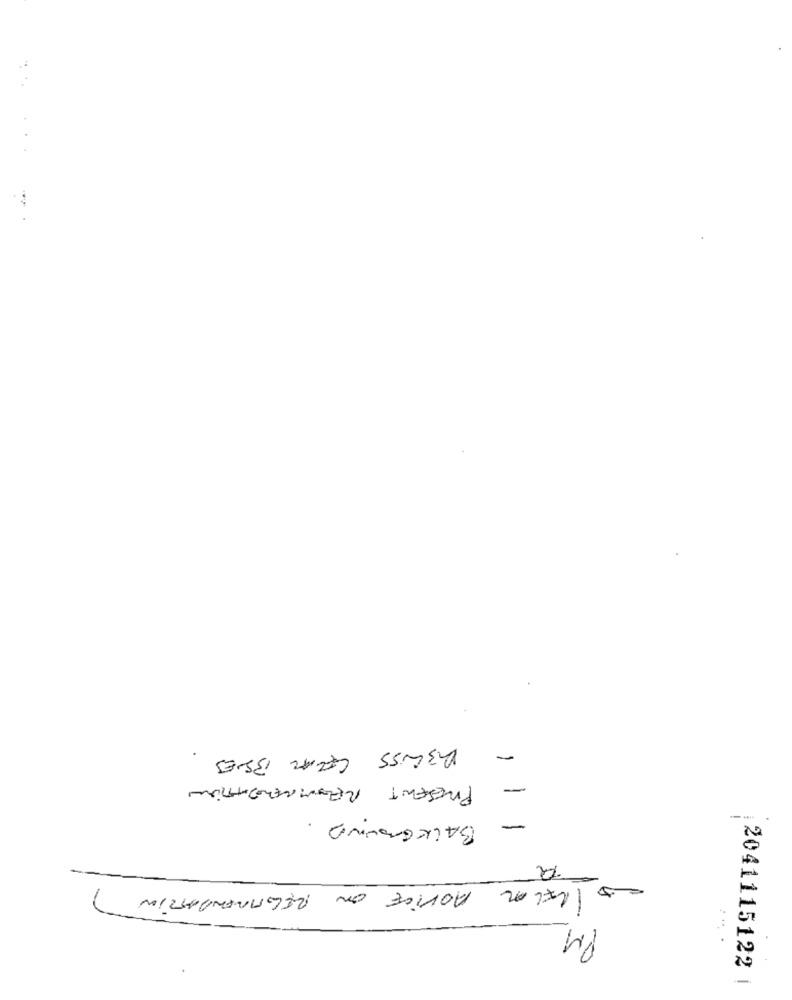
DISCUSS CELAR BONES
-
PRESENT RECOMMENDATION
-
BACKGROUND .
-
-5
ADVICE ON RECOMMENDATION
-
PM
:2041115122 |